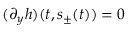
( \partial _ { y } h ) ( t , s _ { \pm } ( t ) ) = 0